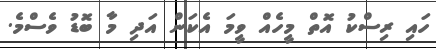
ހައި ރިސްކު އޮތް މީހެއް ވީމަ އެކަން އަދި މާ ބޮޑު ވެސްމެ.